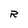
Character: R